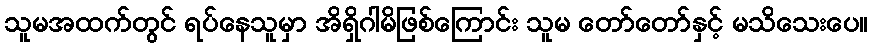
သူမအထက်တွင် ရပ်နေသူမှာ အိရှိဂါမိဖြစ်ကြောင်း သူမ တော်တော်နှင့် မသိသေးပေ။